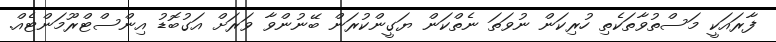
ފާރައަކީ މަސްތުވާތަކެތި ހުރިކަން ނުވަތަ ނެތްކަން ޔަގީންކުރަން ބޭނުންވާ ވަރަށް އަގުބޮޑު އިންސްޓްރޫމަންޓެއް.